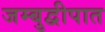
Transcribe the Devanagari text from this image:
जम्बुद्वीपात